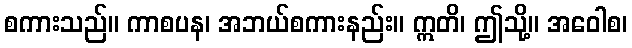
စကားသည်။ ကာစပန၊ အဘယ်စကားနည်း။ ဣတိ၊ ဤသို့။ အဝေါစ၊